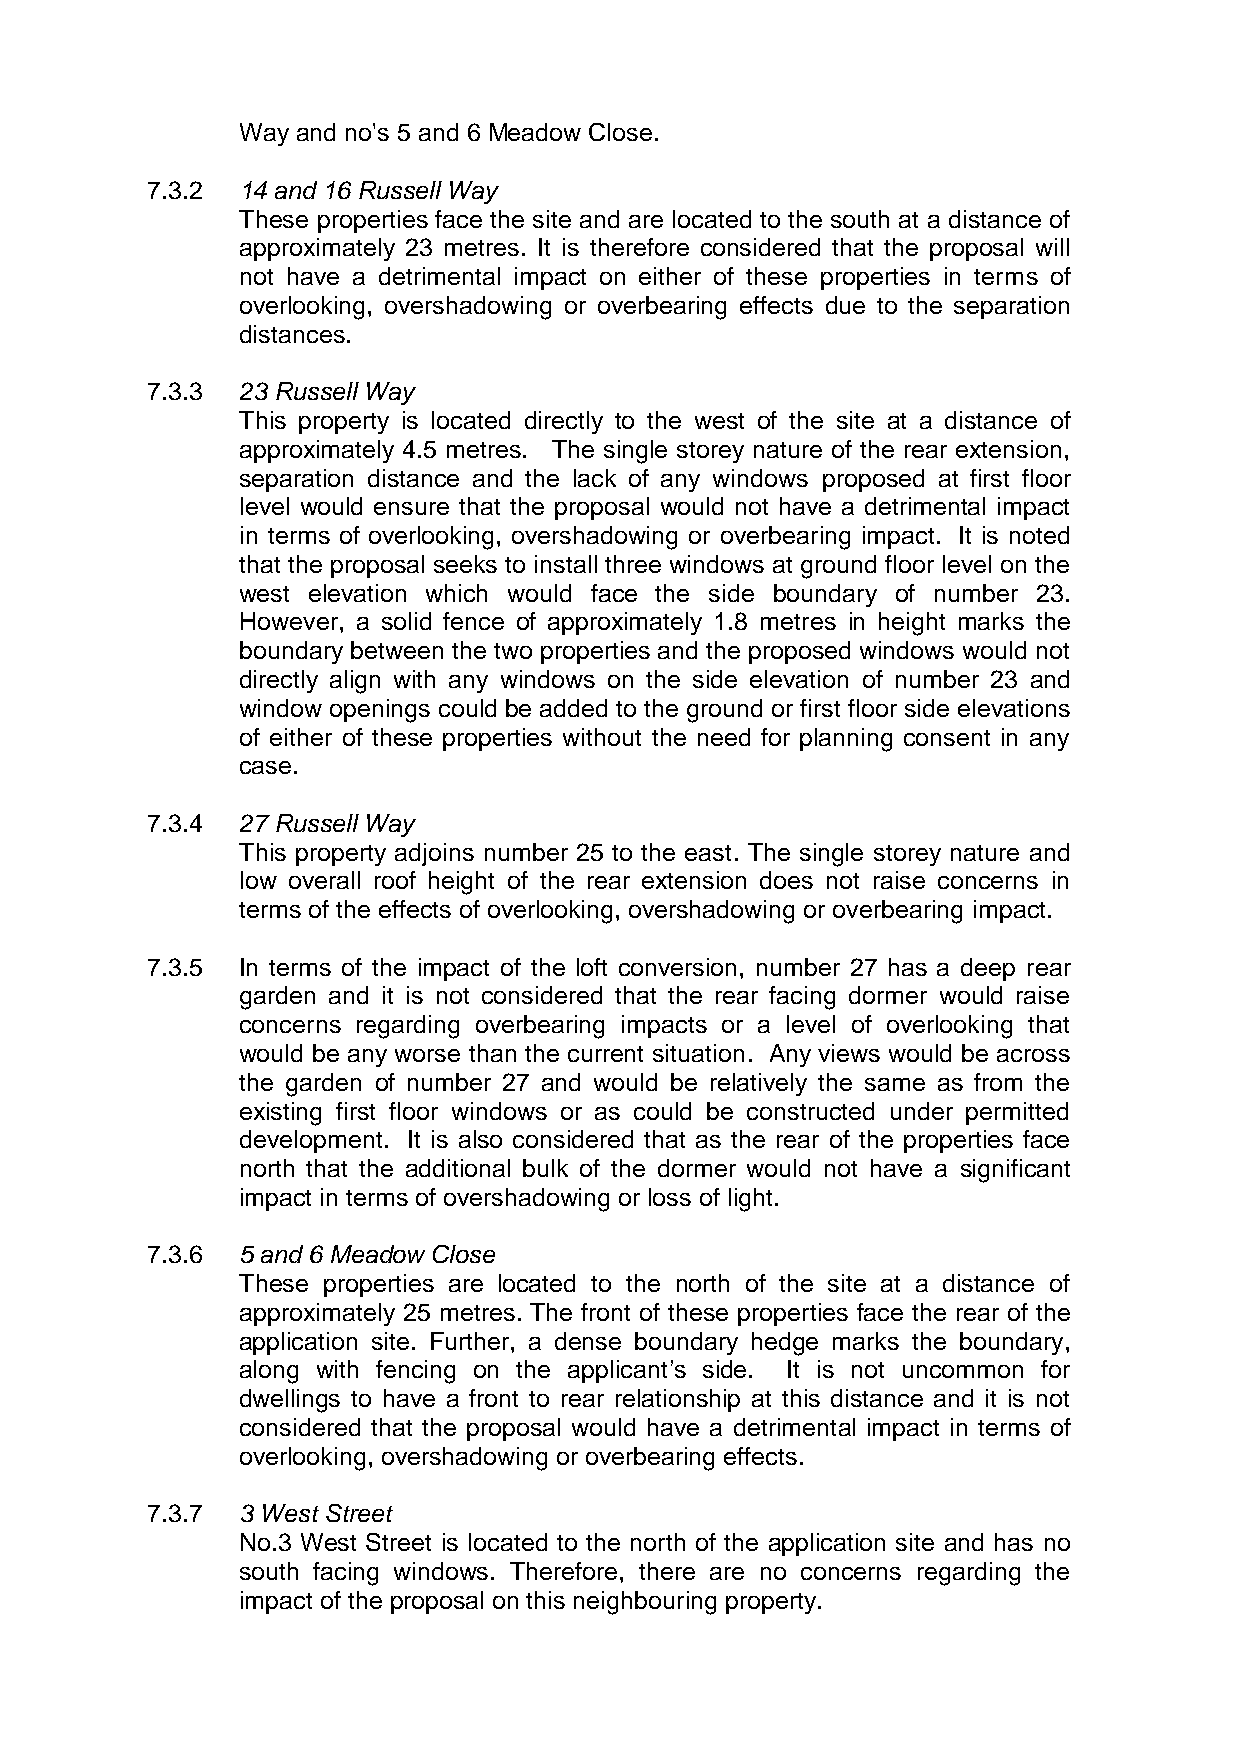
Way and no's 5 and 6 Meadow Close.
 7.3.2 14 and 16 Russell Way
 These properties face the site and are located to the south at a distance of
 approximately 23 metres. It is therefore considered that the proposal will
 not have a detrimental impact on either of these properties in terms of
 overlooking, overshadowing or overbearing effects due to the separation
 distances.
 7.3.3 23 Russell Way
 This property is located directly to the west of the site at a distance of
 approximately 4.5 metres. The single storey nature of the rear extension,
 separation distance and the lack of any windows proposed at first floor
 level would ensure that the proposal would not have a detrimental impact
 in terms of overlooking, overshadowing or overbearing impact. It is noted
 that the proposal seeks to install three windows at ground floor level on the
 west elevation which would face the side boundary of number 23.
 However, a solid fence of approximately 1.8 metres in height marks the
 boundary between the two properties and the proposed windows would not
 directly align with any windows on the side elevation of number 23 and
 window openings could be added to the ground or first floor side elevations
 of either of these properties without the need for planning consent in any
 case.
 7.3.4 27 Russell Way
 This property adjoins number 25 to the east. The single storey nature and
 low overall roof height of the rear extension does not raise concerns in
 terms of the effects of overlooking, overshadowing or overbearing impact.
 7.3.5 In terms of the impact of the loft conversion, number 27 has a deep rear
 garden and it is not considered that the rear facing dormer would raise
 concerns regarding overbearing impacts or a level of overlooking that
 would be any worse than the current situation. Any views would be across
 the garden of number 27 and would be relatively the same as from the
 existing first floor windows or as could be constructed under permitted
 development. It is also considered that as the rear of the properties face
 north that the additional bulk of the dormer would not have a significant
 impact in terms of overshadowing or loss of light.
 7.3.6 5 and 6 Meadow Close
 These properties are located to the north of the site at a distance of
 approximately 25 metres. The front of these properties face the rear of the
 application site. Further, a dense boundary hedge marks the boundary,
 along with fencing on the applicant’s side. It is not uncommon for
 dwellings to have a front to rear relationship at this distance and it is not
 considered that the proposal would have a detrimental impact in terms of
 overlooking, overshadowing or overbearing effects.
 7.3.7 3 West Street
 No.3 West Street is located to the north of the application site and has no
 south facing windows. Therefore, there are no concerns regarding the
 impact of the proposal on this neighbouring property.